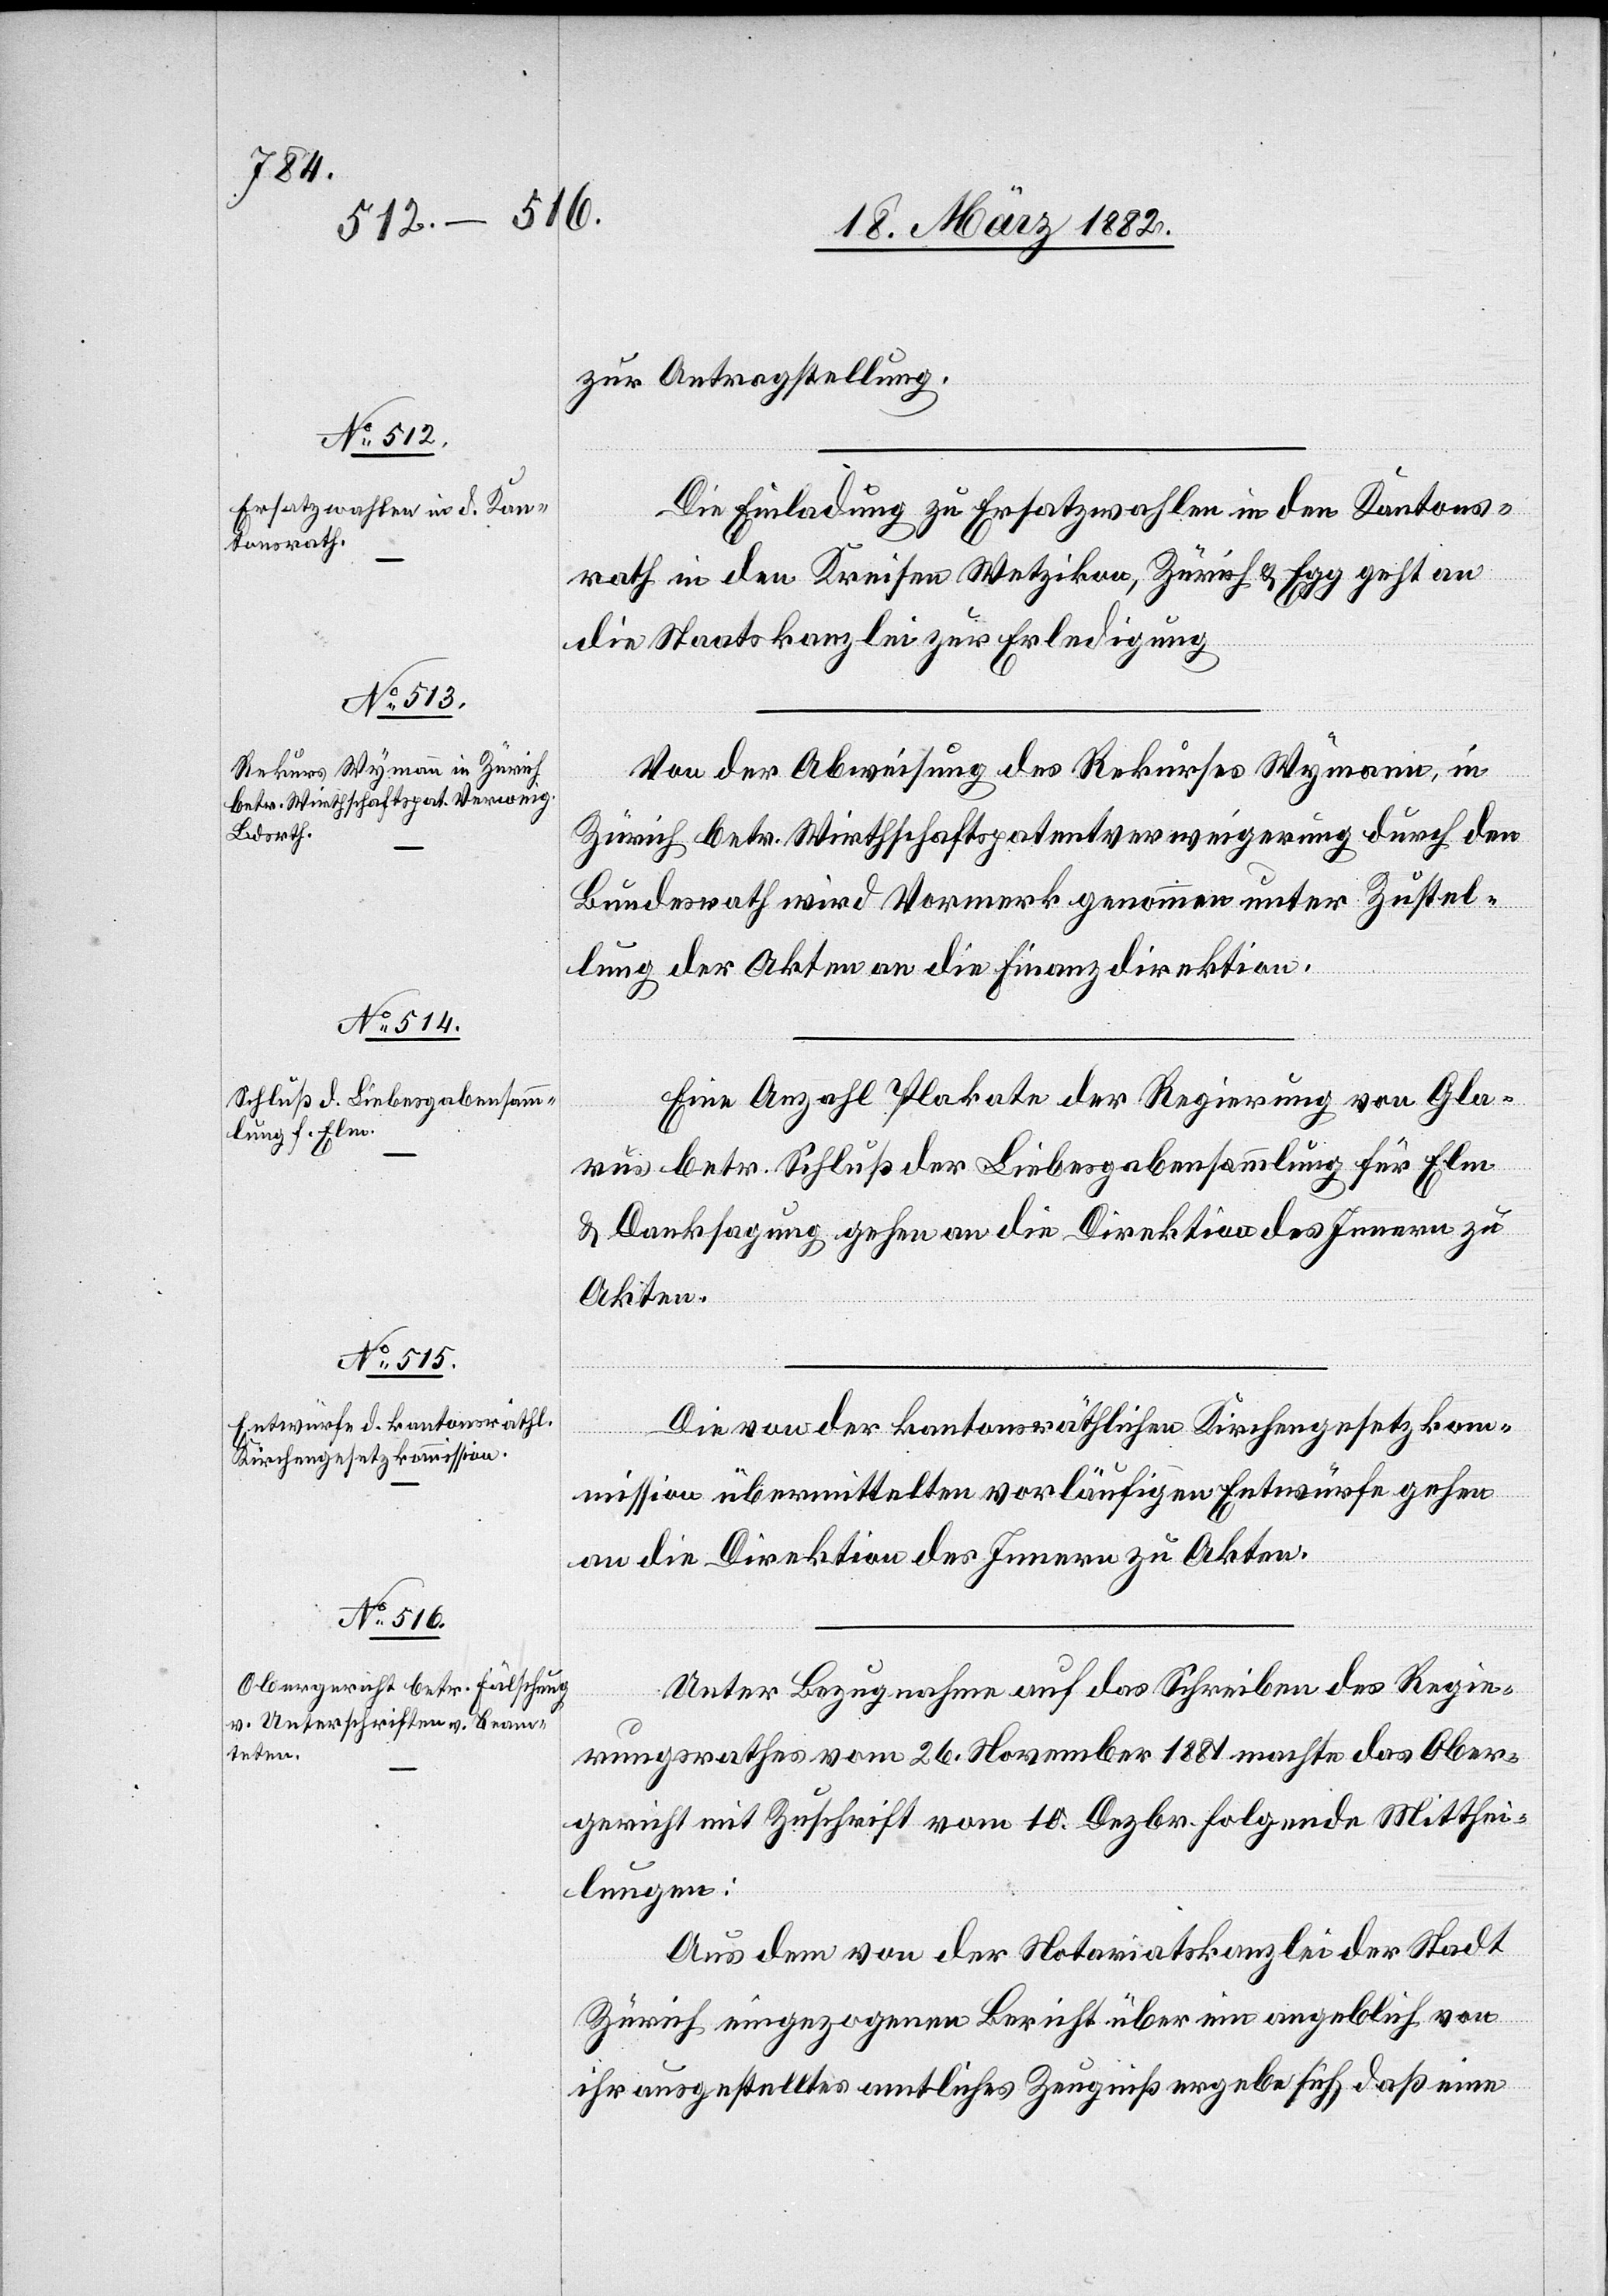
zur Antragstellung.
Die Einladung zu Ersatzwahlen in den Kantons¬
rath in den Kreisen Wetzikon, Zürich & Egg geht an
die Staatskanzlei zur Erledigung.
Von der Abweisung des Rekurses Wymann, in
Zürich betr. Wirthschaftspatentverweigerung durch den
Bundesrath wird Vormerk genommen unter Zustel¬
lung der Akten an die Finanzdirektion.
Eine Anzahl Plakate der Regierung von Gla¬
rus betr. Schluß der Liebesgabensammlung für Elm
& Danksagung gehen an die Direktion des Innern zu
Akten.
Die von der kantonsräthlichen Kirchgesetzkom¬
mission übermittelten vorläufigen Entwürfe gehen
an die Direktion des Innern zu Akten.
Unter Bezugnahme auf das Schreiben des Regie¬
rungsrathes vom 26. November 1882 machte das Ober¬
gericht mit Zuschrift vom 10. Dezbr. folgende Mitthei¬
lungen:
Aus dem von der Notariatskanzlei der Stadt
Zürich eingezogenen Bericht über ein angeblich von
ihr ausgestelltes amtliches Zeugniß ergeben sich, daß eine